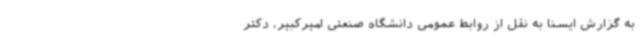
به گزارش ایسنا به نقل از روابط عمومی دانشگاه صنعتی امیرکبیر، دکتر